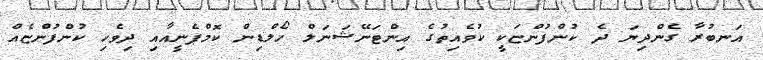
އަނބުރާ ގެންދިޔަ ދެ ކުންފުންޏަކީ ކުވެއިތުގެ އިންޓަނޭޝަނަލް ހޯލްޑިން ކޮމްޕެނީއާއި ދިވެހި ކުންފުންޏެއް